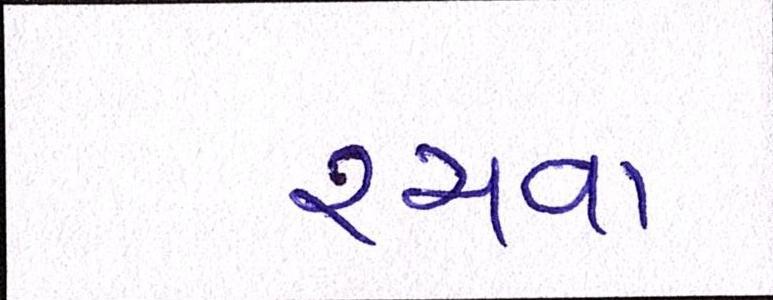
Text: રચવા